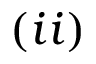
( i i )